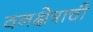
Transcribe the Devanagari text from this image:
वनक्षेत्राची